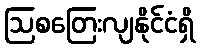
ဩစတြေးလျနိုင်ငံရှိ